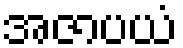
အဇာပယံ